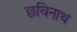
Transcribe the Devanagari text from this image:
छविनाथ